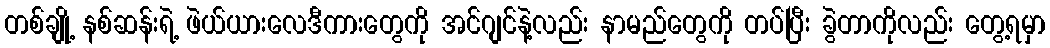
တစ်ချို့ နစ်ဆန်းရဲ့ ဖဲယ်ယားလေဒီကားတွေကို အင်ဂျင်နဲ့လည်း နာမည်တွေကို တပ်ပြီး ခွဲတာကိုလည်း တွေ့ရမှာ